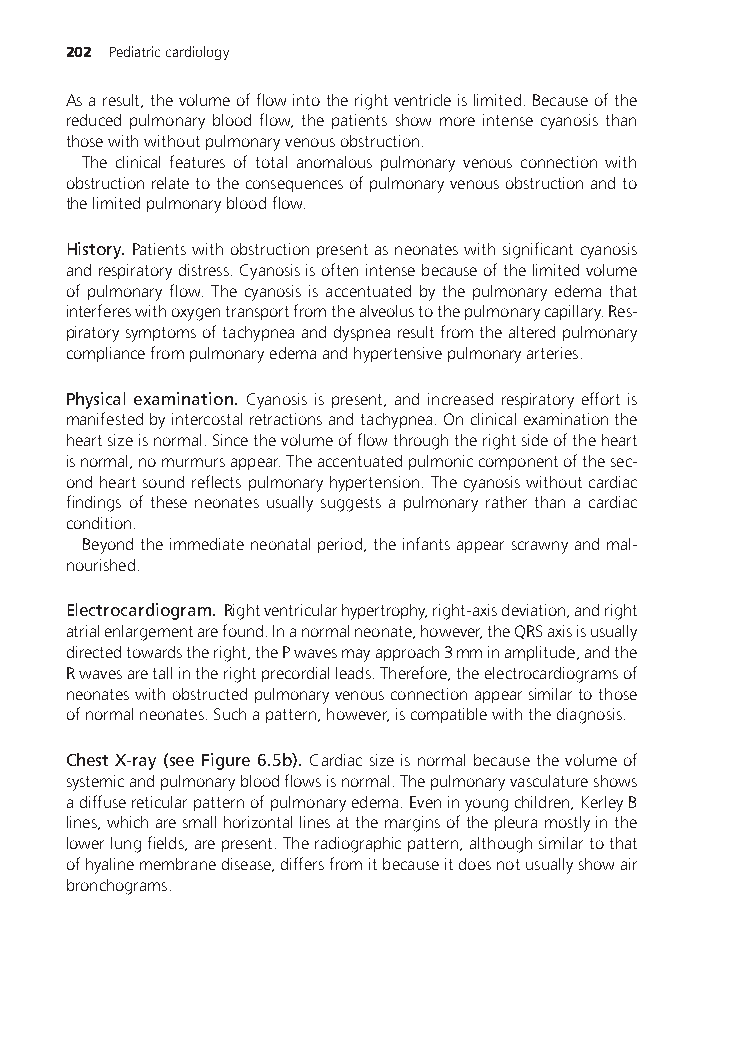
202 Pediatriccardiology
 Asaresult,thevolumeofflowintotherightventricleislimited.Becauseofthe
 reduced pulmonary blood flow, the patients show more intense cyanosis than
 thosewithwithoutpulmonaryvenousobstruction.
 The clinical features of total anomalous pulmonary venous connection with
 obstructionrelatetotheconsequencesofpulmonaryvenousobstructionandto
 thelimitedpulmonarybloodflow.
 History. Patientswithobstructionpresentasneonateswithsignificantcyanosis
 andrespiratorydistress.Cyanosisisoftenintensebecauseofthelimitedvolume
 of pulmonary flow. The cyanosis is accentuated by the pulmonary edema that
 interfereswithoxygentransportfromthealveolustothepulmonarycapillary.Res-
 piratorysymptomsoftachypneaanddyspnearesultfromthealteredpulmonary
 compliancefrompulmonaryedemaandhypertensivepulmonaryarteries.
 Physical examination. Cyanosis is present, and increased respiratory effort is
 manifestedbyintercostalretractionsandtachypnea.Onclinicalexaminationthe
 heartsizeisnormal.Sincethevolumeofflowthroughtherightsideoftheheart
 isnormal,nomurmursappear.Theaccentuatedpulmoniccomponentofthesec-
 ondheartsoundreflectspulmonaryhypertension.Thecyanosiswithoutcardiac
 findings of these neonates usually suggests a pulmonary rather than a cardiac
 condition.
 Beyondtheimmediateneonatalperiod,theinfantsappearscrawnyandmal-
 nourished.
 Electrocardiogram. Rightventricularhypertrophy,right-axisdeviation,andright
 atrialenlargementarefound.Inanormalneonate,however,theQRSaxisisusually
 directedtowardstheright,thePwavesmayapproach3mminamplitude,andthe
 Rwavesaretallintherightprecordialleads.Therefore,theelectrocardiogramsof
 neonateswithobstructedpulmonaryvenousconnectionappearsimilartothose
 ofnormalneonates.Suchapattern,however,iscompatiblewiththediagnosis.
 ChestX-ray(seeFigure6.5b). Cardiacsizeisnormalbecausethevolumeof
 systemicandpulmonarybloodflowsisnormal.Thepulmonaryvasculatureshows
 adiffusereticularpatternofpulmonaryedema.Eveninyoungchildren,KerleyB
 lines,whicharesmallhorizontallinesatthemarginsofthepleuramostlyinthe
 lowerlungfields,arepresent.Theradiographicpattern,althoughsimilartothat
 ofhyalinemembranedisease,differsfromitbecauseitdoesnotusuallyshowair
 bronchograms.